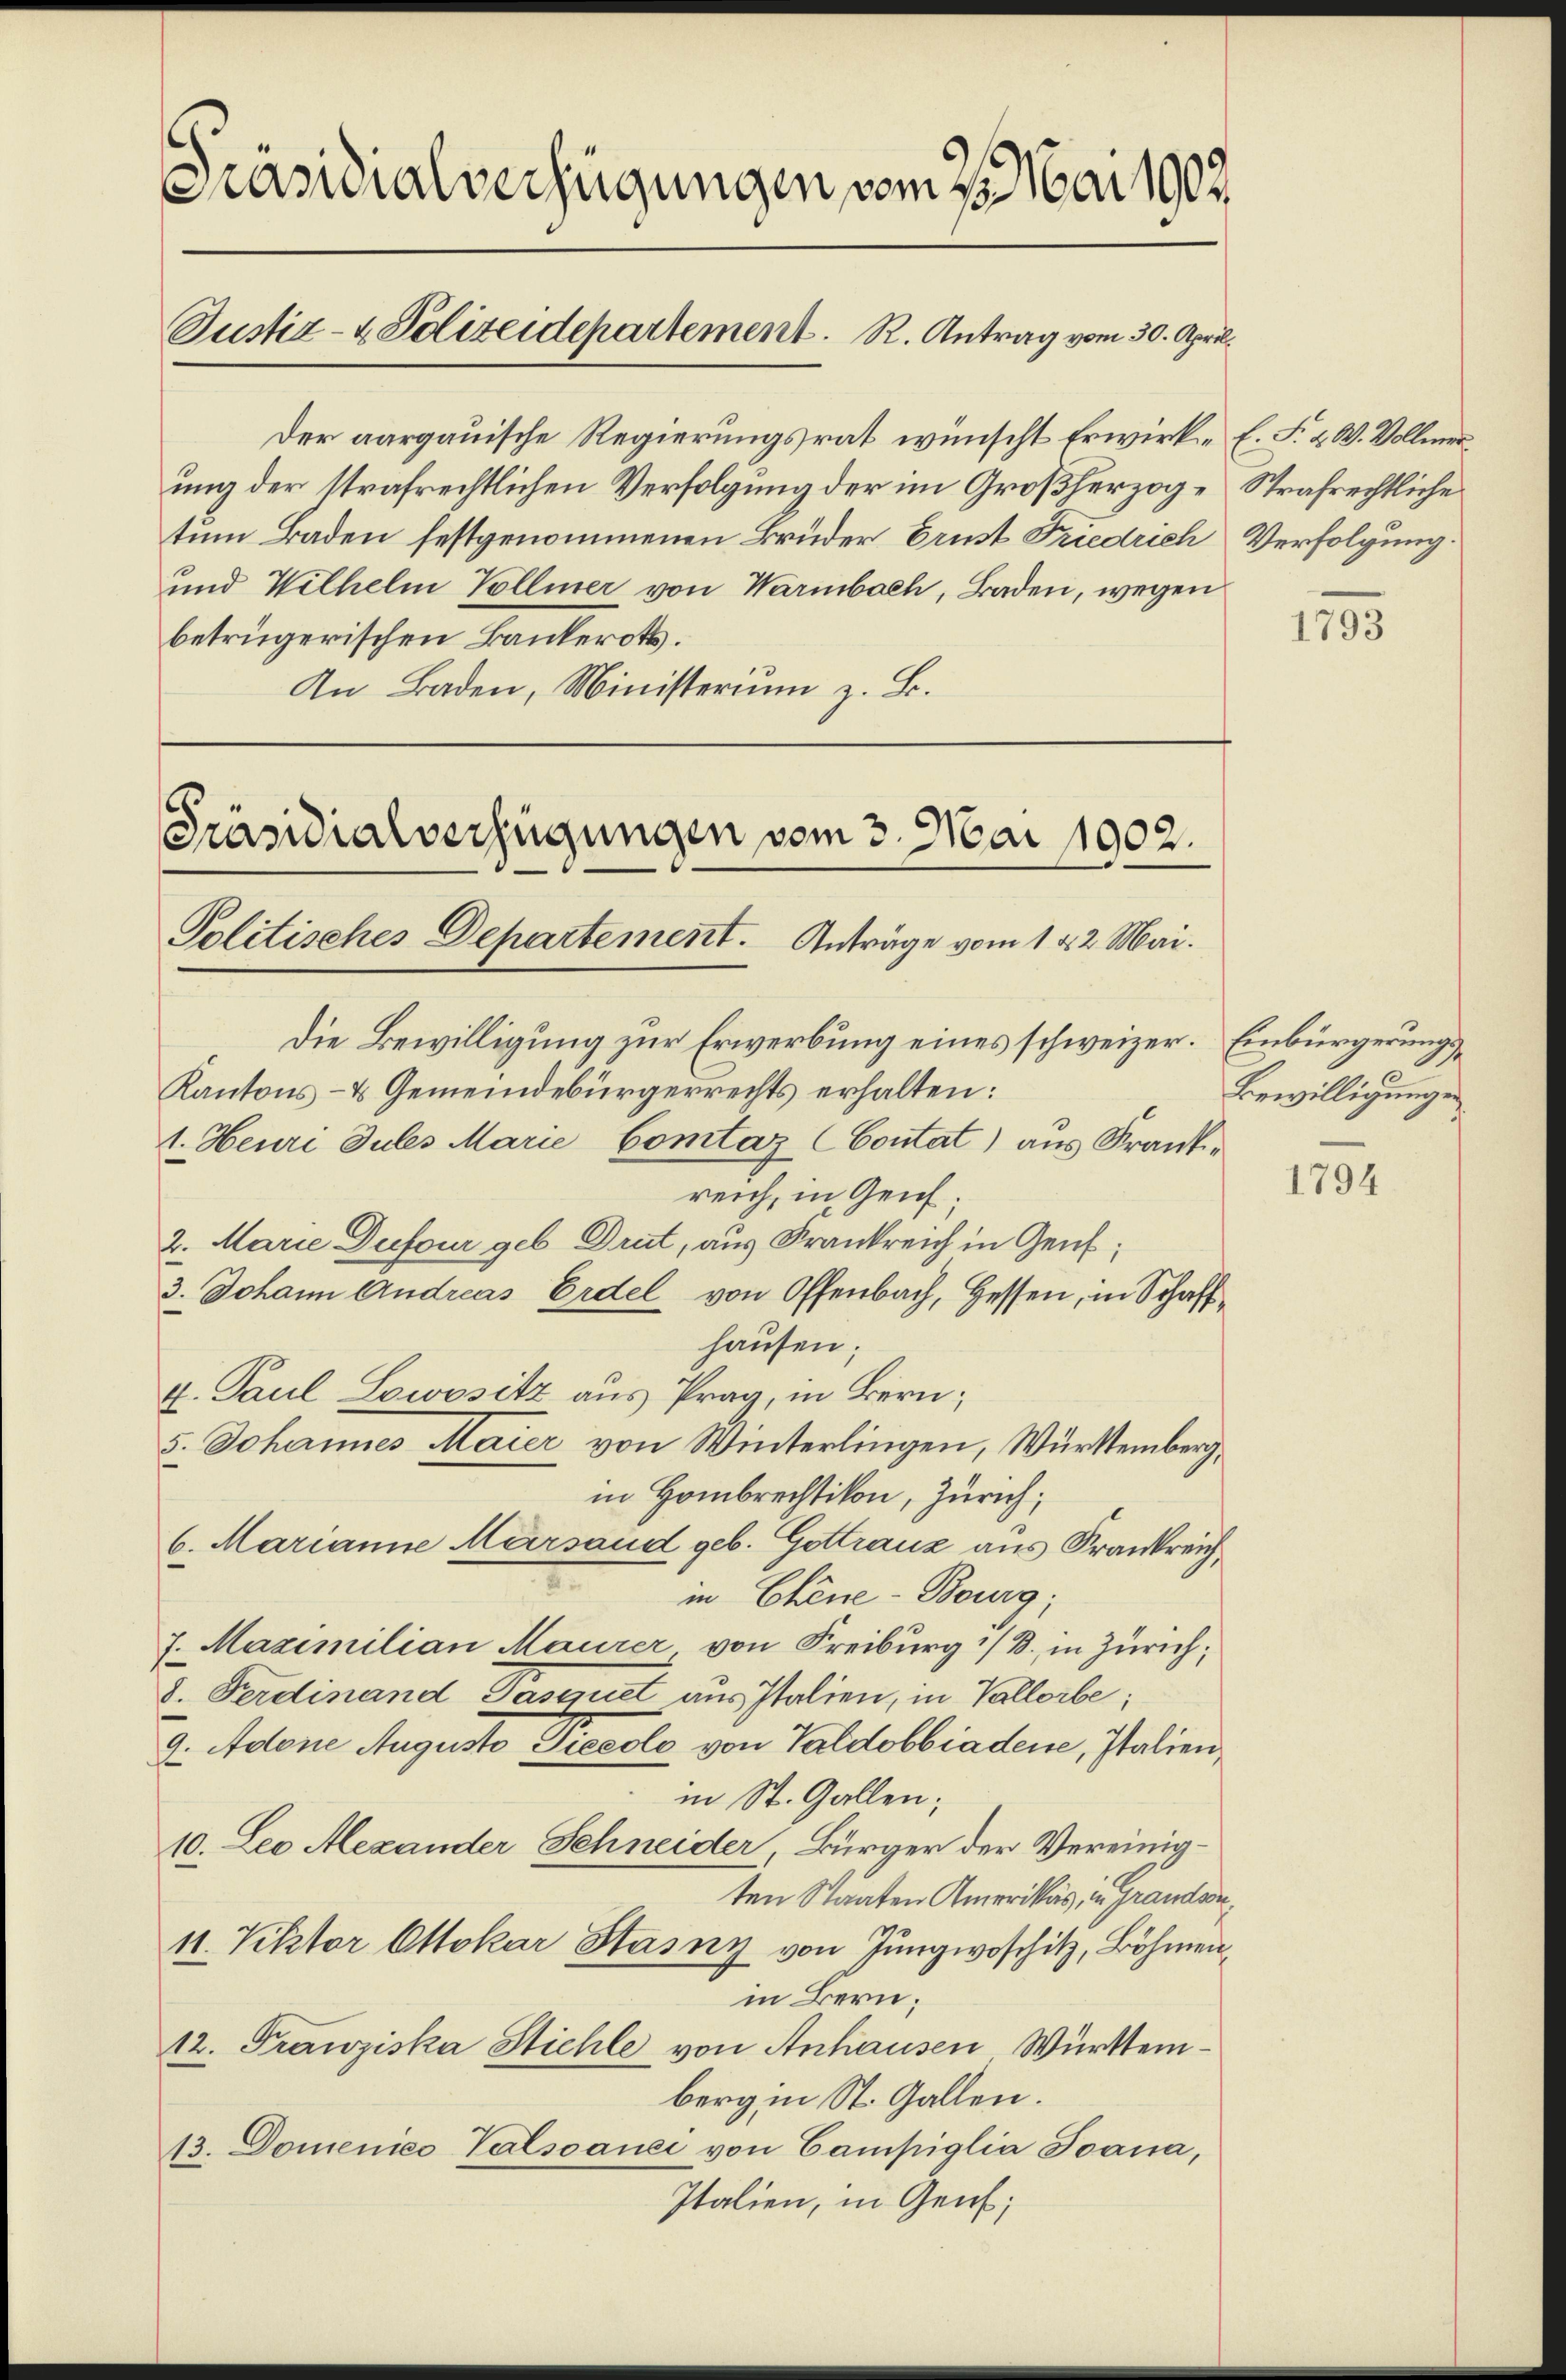
Präsidialverfügungen vom 7. Mai 1902

Der aargauische Regierungsrat wünscht Erwirk- E. F. 20. Vollmerung der strafrechtlichen Verfolgung der im Großherzoge Strafrechtliche
tum Baden festgenommenen Brüder Brust Friedrich Verfolgung.
und Wilhelm Vollmer von Warmbach, Baden, wegen
betrügerischen Bankeroth.
An Baden, Ministerium z. B.

Justiz- & Polizeidepartement. R. Antrag vom 30. April.

Präsidialverfügungen vom 3. Mai 1902.
Politisches Departement. Anträge vom 1 42. Mai.

Die Bewilligung zur Erwerbung eines schweizer. Einbürgerungs¬
Kantons- & Gemeindebürgerrechts erhalten:
1. Heuri dules Marie Comtaz (Coutat) aus Krankreich, in Genf;
2. Marie Dufour geb. Drut, aus Frankreich in Genf
3. Johann Andreas Erdel von Offenbach, Hessen, in Schaffhausen;
4. Paul Lowssitz aus Prag, in Bern;
5. Johannes Maier von Winterlingen, Württemberg,
in Hombrechtikon, Zürich;
6. Marianne Marsand geb. Gottrauz aus Frankreich,
.
in Chine-Bourg;
7. Maximilian Maurer von Freiburg i/B. in Zürich;
8. Ferdinand Pasequet aus Italien, in Vallerbe
9. Adone Augusto Piecole von Saldobbiadene, Italien,
in St. Gallen;
10. Leo Alexander Schneider Bürger der Vereinigten Staaten Amerikas, in Grandan¬
11. Viktor Ottokar Stasny von Jungwoschitz, Böhmen,
in Bern;
12. Franziska Stichle von Anhausen Württemberg in St. Gallen.
13. Domenico Vatsoanei von Campiglia Joana,
Italien, in Genf;

1793

Bewilligungen

1794.